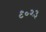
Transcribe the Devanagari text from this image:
९०२३